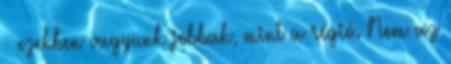
– ezekben vagyunk jobbak, mint a régió. Nem az